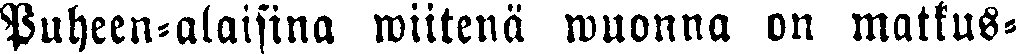
Puheen-alaisina wiitenä wuonna on matkus-